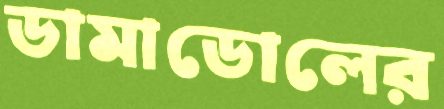
ডামাডোলের